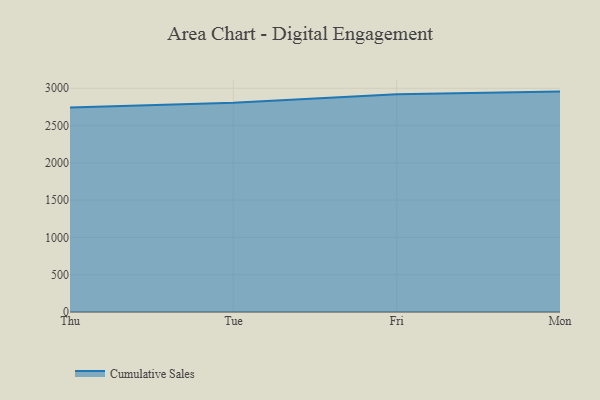
{"axis": {"x": "Day", "y": "Temperature (°C)"}, "legend": ["Cumulative Sales"], "data": [{"x": "Thu", "y": 2742.6, "type": "Cumulative Sales"}, {"x": "Tue", "y": 2806.2, "type": "Cumulative Sales"}, {"x": "Fri", "y": 2921.1, "type": "Cumulative Sales"}, {"x": "Mon", "y": 2955.1, "type": "Cumulative Sales"}]}